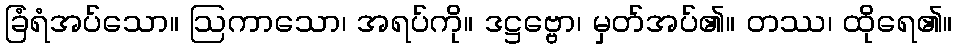
ခြံရံအပ်သော။ ဩကာသော၊ အရပ်ကို။ ဒဋ္ဌဗ္ဗော၊ မှတ်အပ်၏။ တဿ၊ ထိုရေ၏။